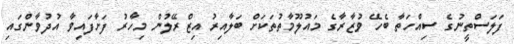
ފަލަސްތީނުގެ ސިއްހަތާ ބެހޭ ވުޒާރާގެ މައުލޫމާތުތަކަށް ބަލާއިރު އިޒްރޭލުން މިހާރު ފަށާފައިވާ އުދުވާންގައި